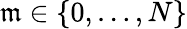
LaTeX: \mathfrak{m}\in\{ 0,\ldots,N\}